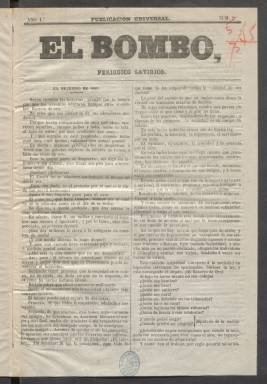
Título: El Bombo (Madrid)
Colección: Periódicos
Ámbito geográfico: Madrid
Lugar de publicación: Madrid
Fechas: 02/08/1860-30/08/1860

Periódico satírico de muy corta vida, como tantos otros del mismo estilo que se publicaron en los años previos a la revolución de 1868, la llamada Gloriosa que destronó a Isabel II. La prensa de este cariz festivo duraba semanas o meses. Además de El Bombo, se pueden citar de este periodo el Eco de las Barricadas, El Tío Crispín, Fray Tinieblas, Pero-Grullo, La Zambomba, El Sainete, El Charlatán, El Paleto, El Diablo verde, La Malva, La Batuta o El Pito. Todos ellos efímeros.

   Tras los dos primeros números, El Bombo incorporó en su cabecera una simpática ilustración que hacía alusión a su título, con un hombre con chistera aporreando con baquetas en ambas manos un enorme bombo, junto con otras figuras dibujadas. Evidentemente, el grabado refuerza con fuerza gráfica la idea de que se trata de una publicación festiva y satírica.

   El periódico daba noticias nacionales e internacionales e incluso sucesos como cualquier otro periódico informativo, pero lo que destaca de él es su inclinación chistosa y jovial. En una sección llamada Chismografía se puede leer en el número dos una historia divertida en la que un enamorado que cortejaba a una señora casada es burlado por ésta, su marido y sus amigos.

  También en ocasiones servía el periódico de plataforma reivindicativa, como este suelto publicado en el número 6: ‘El Bombo ha recibido noticias en su misma redacción del descontento en que están hace tiempo los carteros de Madrid, por ciertas cosillas que pasan... desapercibidas. Bombo, señores’.

  Como editor responsable de este periódico figuraba Juan Corrales Mateos, del que poco se sabe a excepción de que había estado en Cuba y es autor de una obra de tauromaquia editada en la Habana y titulada ‘El porqué de los toros, arte de torear a pie y caballo’, publicada en 1853 bajo el seudónimo de El Bachiller Tauromaquia. Corrales Mateos escribió también obras de ficción como la novela marítima ‘Aventuras de Gilberto’, publicada en Madrid en 1862.

  El Bombo constaba de cuatro páginas y salía dos veces por semana. La colección de la Biblioteca Nacional de España no está completa: faltan el número 1 y el 4. Acaba con el número 9 y si este no fue el último que se editó no parece que salieran muchos más. Eran periódicos efímeros, sobre todo porque muchos otros como este carecían de publicidad y les era difícil financiarse.

[Descripción publicada el 20/09/2024]